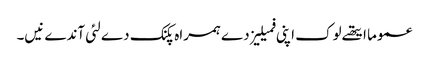
عموما ایتھ‏ے لوک اپنی فمیلیز دے ہمراہ پکنک دے لئی آندے نی‏‏‏‏ں۔